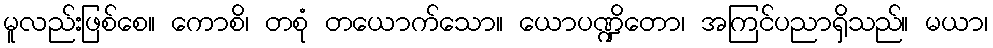
မူလည်းဖြစ်စေ။ ကောစိ၊ တစုံ တယောက်သော။ ယောပဏ္ဍိတော၊ အကြင်ပညာရှိသည်။ မယာ၊